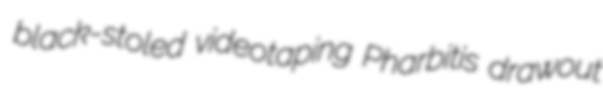
black-stoled videotaping Pharbitis drawout